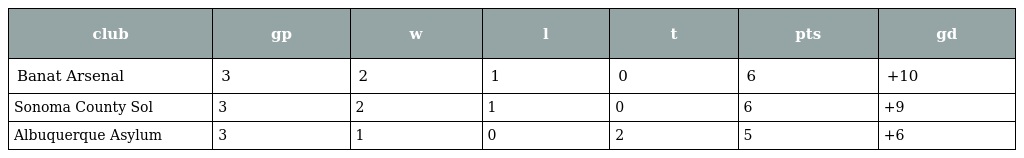
| club | gp | w | l | t | pts | gd |
 | --- | --- | --- | --- | --- | --- | --- |
 | Banat Arsenal | 3 | 2 | 1 | 0 | 6 | +10 |
 | Sonoma County Sol | 3 | 2 | 1 | 0 | 6 | +9 |
 | Albuquerque Asylum | 3 | 1 | 0 | 2 | 5 | +6 |